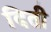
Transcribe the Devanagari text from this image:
दिती